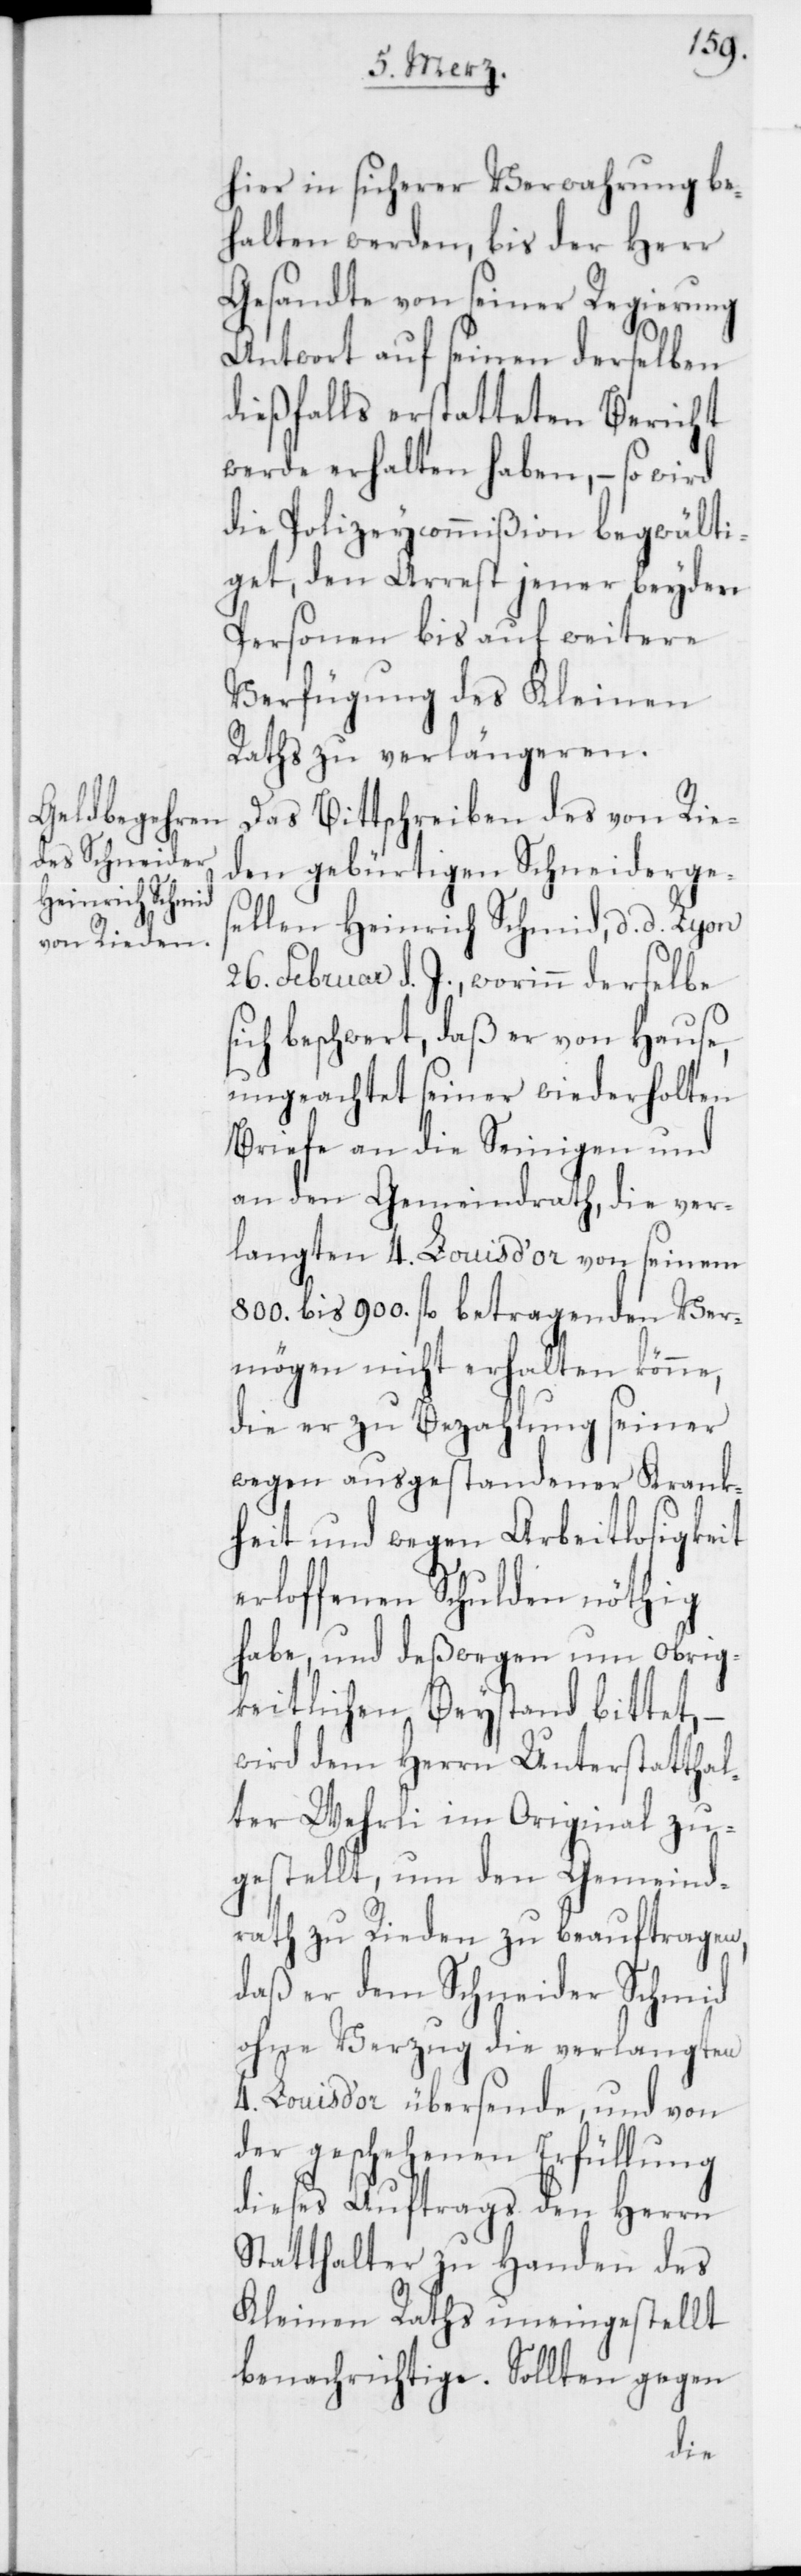
hier in sicherer Verwahrung be¬
halten werden, bis der Herr
Gesandte von seiner Regierung
Antwort auf seinen derselben
dießfalls erstatteten Bericht
werde erhalten haben, – so wird
die Polizeycommißion begwälti¬
get, den Arrest jener beyden
Personen bis auf weitere
Verfügung des Kleinen
Raths zu verlängeren.
Das Bittschreiben des von Rie¬
den gebürtigen Schneiderges¬
ellen Heinrich Schmid, d. d. Lyon
26. Februar d. J., worinn derselbe
ch beschwert, daß er von Hause,
ungeachtet seiner wiederholten
Briefe an die Seinigen und
an den Gemeindrath, die ver¬
langten 4. Louis d’or von seinem
800. bis 900. fl. betragenden Ver¬
mögen nicht erhalten könne,
die er zu Bezahlung seiner
wegen ausgestandener Krank¬
heit und wegen Arbeitslosigkeit
erloffenen Schulden nöthig
habe, und deßwegen um obrig¬
keitlichen Beystand bittet,
wird dem Herrn Unterstatthal¬
ter Wehrli im Original zu¬
gestellt, um den Gemeind¬
rath zu Rieden zu beauftragen,
daß er dem Schneider Schmid
ohne Verzug die verlangten
4. Louis d’or übersende, und von
der geschehenen Erfüllung
dieses Auftrags den Herren
Statthalter zu Handen des
Kleinen Raths uneingestellt
benachrichtige. Sollten gegen
si¬